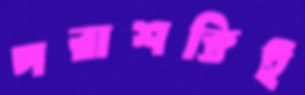
পরাশক্তিই